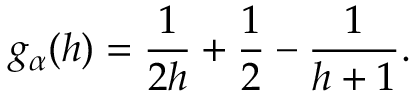
g _ { \alpha } ( h ) = \frac { 1 } { 2 h } + \frac { 1 } { 2 } - \frac { 1 } { h + 1 } .